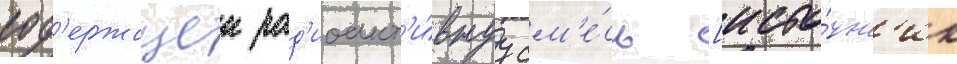
сод'ержащеи рад'иоакт'и́внуу см'е́сь [исто́чн'ик